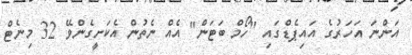
އަންނަ އަހަރުގެ އައިޕެޑްގައި "ހޯމް ބަޓަން" އެއް ނެތުން އެކަށީގެންވޭ 32 މިނެޓް